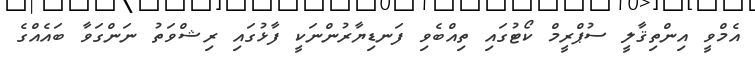
އެމްވީ އިންތިޤާލީ ސުޕްރީމް ކޯޓުގައި ތިއްބެވި ފަނޑިޔާރުންނަކީ ފާޅުގައި ރިޝްވަތު ނަންގަވާ ބައެއްގެ